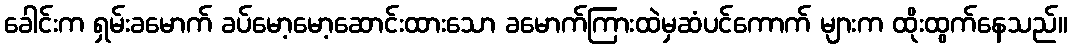
ခေါင်းက ရှမ်းခမောက် ခပ်မော့မော့ဆောင်းထားသော ခမောက်ကြားထဲမှဆံပင်ကောက် များက ထိုးထွက်နေသည်။